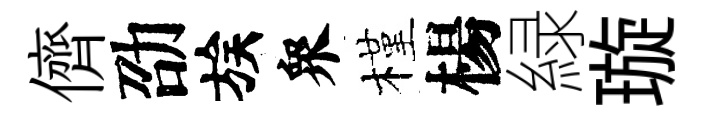
儕劭族衆槿楊緑璇